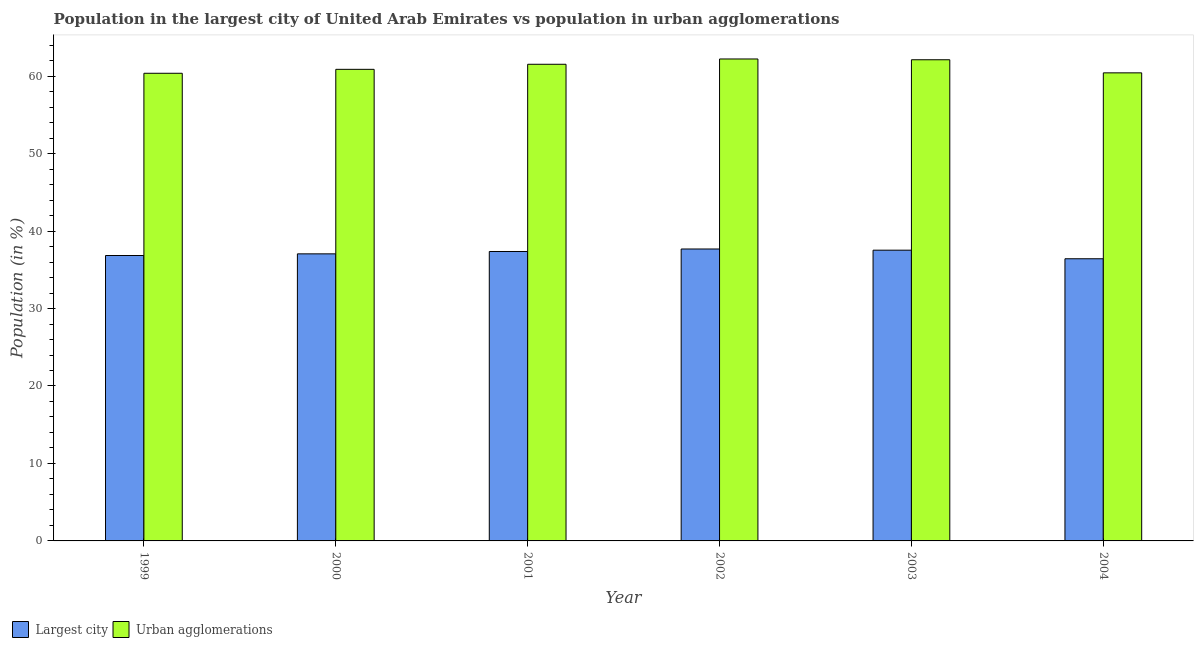
| Year | Largest city | Urban agglomerations |
 | --- | --- | --- |
 | 1999 | 36.8 | 60.4 |
 | 2000 | 37.1 | 60.9 |
 | 2001 | 37.4 | 61.5 |
 | 2002 | 37.7 | 62.2 |
 | 2003 | 37.5 | 62.1 |
 | 2004 | 36.4 | 60.4 |